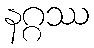
နဂ္ဂဿ